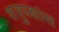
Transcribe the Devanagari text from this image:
शत्रुपक्षांस